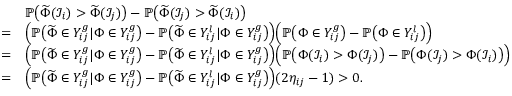
\begin{array} { r l } & { \mathbb { P } \big ( \widetilde { \Phi } ( \mathcal { I } _ { i } ) > \widetilde { \Phi } ( \mathcal { I } _ { j } ) \big ) - \mathbb { P } \big ( \widetilde { \Phi } ( \mathcal { I } _ { j } ) > \widetilde { \Phi } ( \mathcal { I } _ { i } ) \big ) } \\ { = } & { \Big ( \mathbb { P } \big ( \widetilde { \Phi } \in Y _ { i j } ^ { g } | \Phi \in Y _ { i j } ^ { g } \big ) - \mathbb { P } \big ( \widetilde { \Phi } \in Y _ { i j } ^ { l } | \Phi \in Y _ { i j } ^ { g } \big ) \Big ) \Big ( \mathbb { P } \big ( \Phi \in Y _ { i j } ^ { g } \big ) - \mathbb { P } \big ( \Phi \in Y _ { i j } ^ { l } \big ) \Big ) } \\ { = } & { \Big ( \mathbb { P } \big ( \widetilde { \Phi } \in Y _ { i j } ^ { g } | \Phi \in Y _ { i j } ^ { g } \big ) - \mathbb { P } \big ( \widetilde { \Phi } \in Y _ { i j } ^ { l } | \Phi \in Y _ { i j } ^ { g } \big ) \Big ) \Big ( \mathbb { P } \big ( \Phi ( \mathcal { I } _ { i } ) > \Phi ( \mathcal { I } _ { j } ) \big ) - \mathbb { P } \big ( \Phi ( \mathcal { I } _ { j } ) > \Phi ( \mathcal { I } _ { i } ) \big ) \Big ) } \\ { = } & { \Big ( \mathbb { P } \big ( \widetilde { \Phi } \in Y _ { i j } ^ { g } | \Phi \in Y _ { i j } ^ { g } \big ) - \mathbb { P } \big ( \widetilde { \Phi } \in Y _ { i j } ^ { l } | \Phi \in Y _ { i j } ^ { g } \big ) \Big ) ( 2 \eta _ { i j } - 1 ) > 0 . } \end{array}